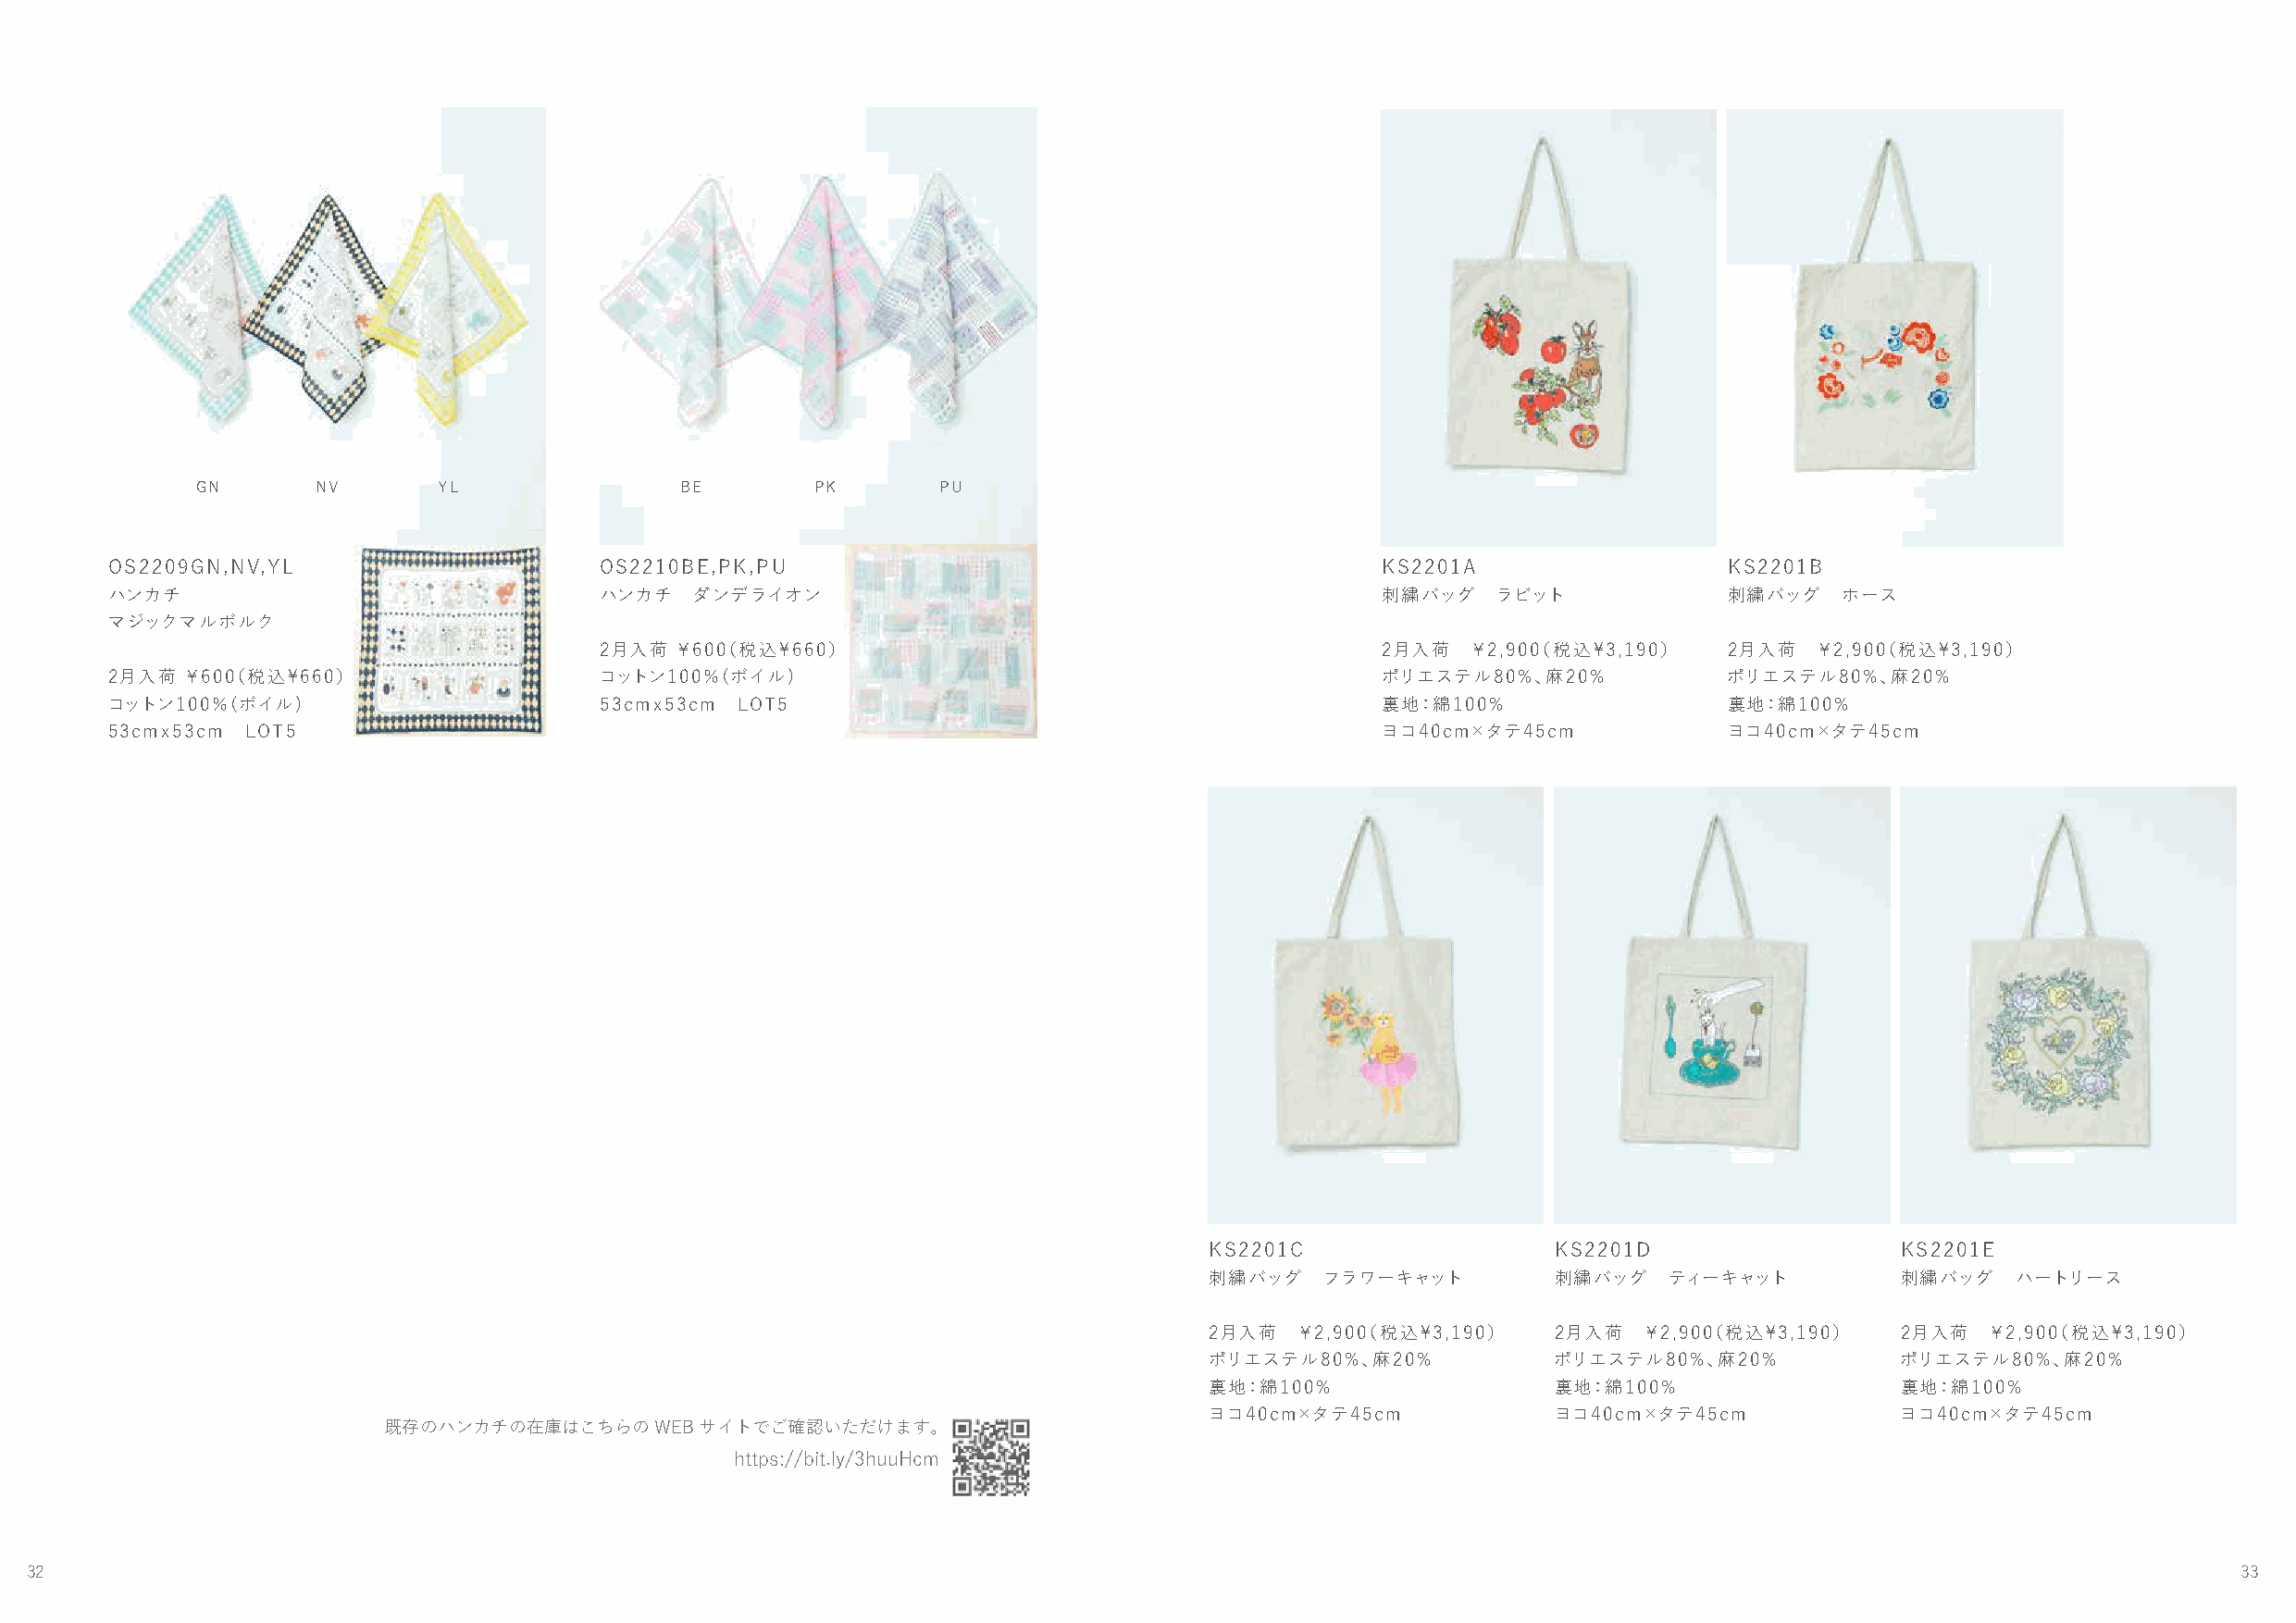
GN       NV      YL                BE       PK       PU
 OS2209GN,NV,YL                     OS2210BE,PK,PU                                          KS2201A                  KS2201B
 ハンカチ                               ハンカチ   ダンデライオン                                          刺繍バッグ   ラビット             刺繍バッグ   ホース
 マジックマルボルク
 2月入荷 ￥600（税込\660）                                       2月入荷  ￥2,900（税込\3,190）   2月入荷  ￥2,900（税込\3,190）
 2月入荷 ￥600（税込\660）                  コットン100％(ボイル)                                           ポリエステル80%、麻20%           ポリエステル80%、麻20%
 コットン100％(ボイル)                      53cmｘ53cm LOT5                                          裏地：綿100%                 裏地：綿100%
 53cmｘ53cm LOT5                                                                             ヨコ40cm×タテ45cm           ヨコ40cm×タテ45cm
 KS2201C                  KS2201D                  KS2201E
 刺繍バッグ    フラワーキャット        刺繍バッグ   ティーキャット          刺繍バッグ   ハートリース
 2月入荷   ￥2,900（税込\3,190）  2月入荷  ￥2,900（税込\3,190）   2月入荷  ￥2,900（税込\3,190）
 ポリエステル80%、麻20%           ポリエステル80%、麻20%           ポリエステル80%、麻20%
 裏地：綿100%                 裏地：綿100%                 裏地：綿100%
 ヨコ40cm×タテ45cm            ヨコ40cm×タテ45cm            ヨコ40cm×タテ45cm
 既存のハンカチの在庫はこちらのWEBサイトでご確認いただけます。
 https://bit.ly/3huuHcm
 32                                                                                                                                                            33